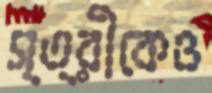
স্ত্রীকেও